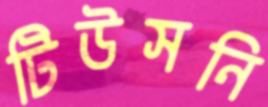
টিউসনি